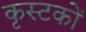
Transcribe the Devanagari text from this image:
कृस्टकों